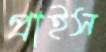
প্রাইস